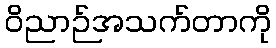
ဝိညာဉ်အသက်တာကို